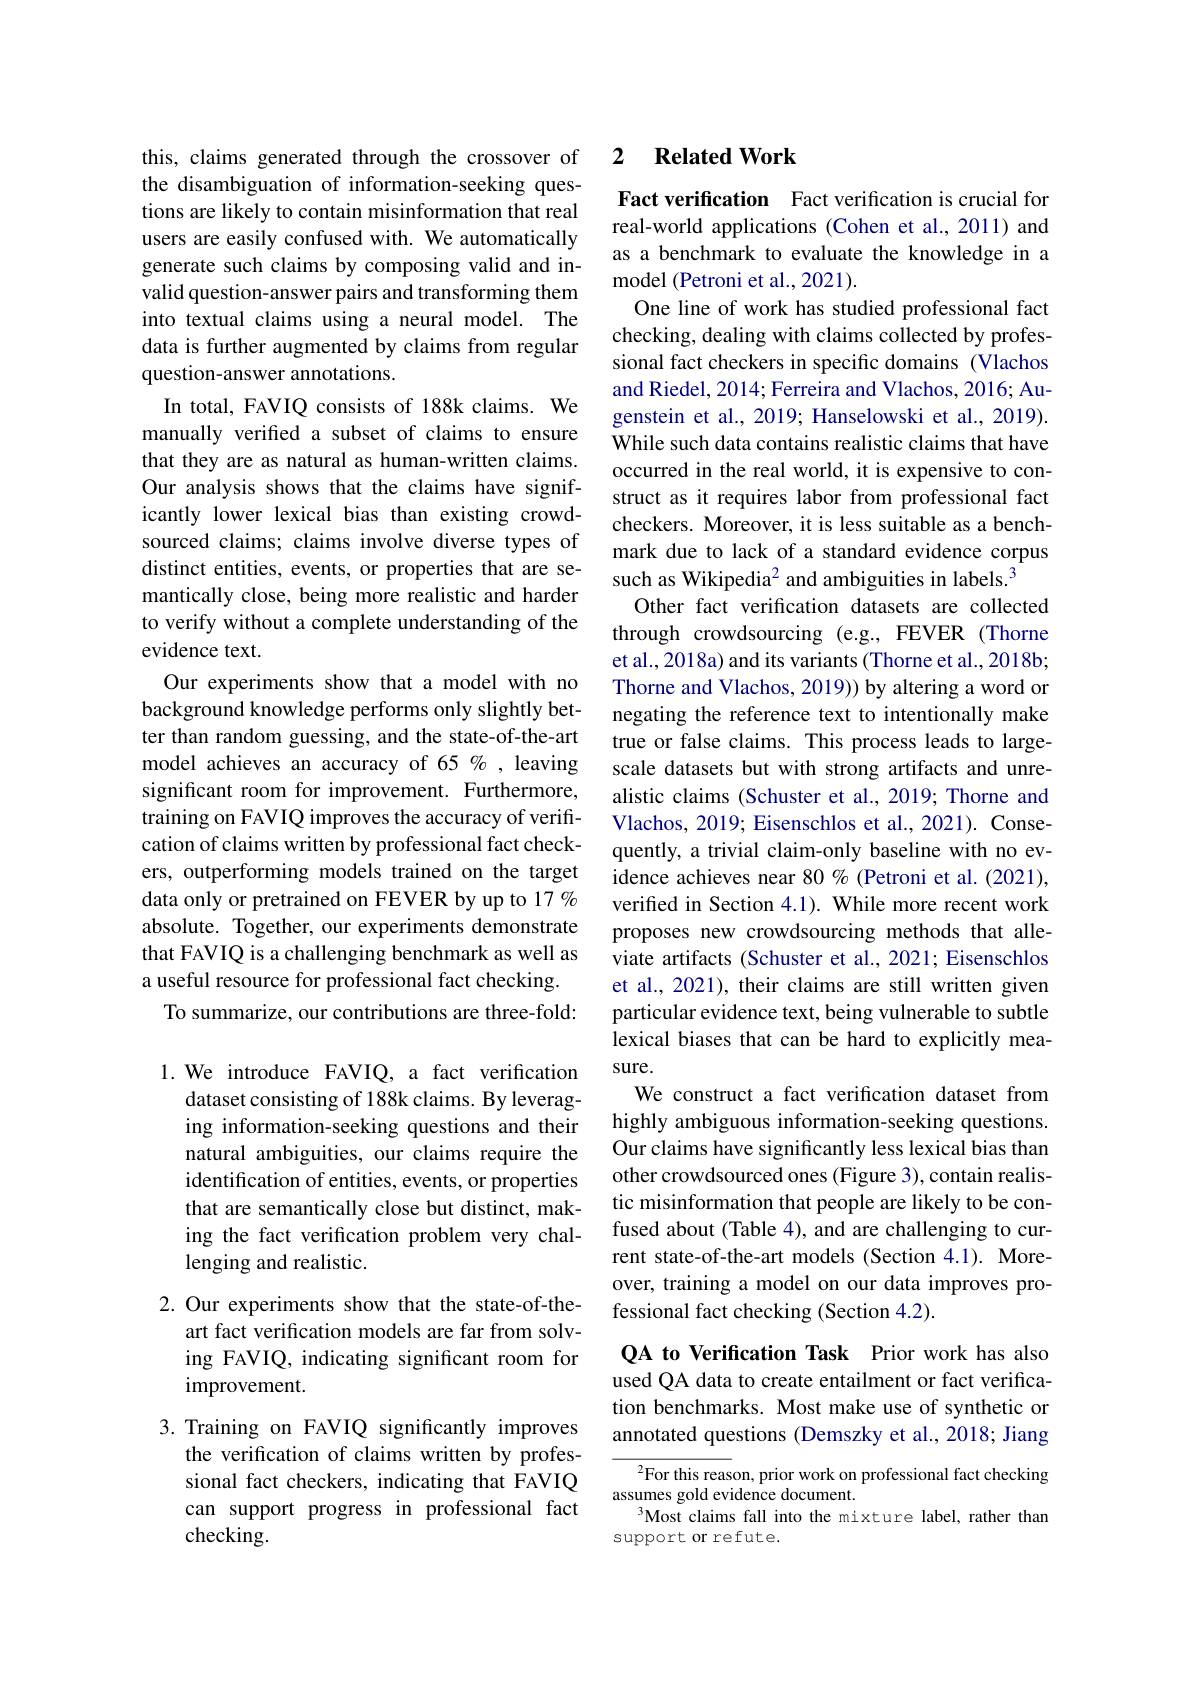
this, claims generated through the crossover of the disambiguation of information-seeking questions are likely to contain misinformation that real users are easily confused with. We automatically generate such claims by composing valid and invalid question-answer pairs and transforming them into textual claims using a neural model. The data is further augmented by claims from regular question-answer annotations.
In total, FAVIQ consists of 188k claims. We manually verifed a subset of claims to ensure that they are as natural as human-written claims. Our analysis shows that the claims have significantly lower lexical bias than existing crowdsourced claims; claims involve diverse types of distinct entities, events, or properties that are semantically close, being more realistic and harder to verify without a complete understanding of the evidence text.
Our experiments show that a model with no background knowledge performs only slightly better than random guessing, and the state-of-the-art model achieves an accuracy of 65 %, leaving significant room for improvement. Furthermore, training on FAVIQ improves the accuracy of verification of claims written by professional fact checkers, outperforming models trained on the target data only or pretrained on FEVER by up to 17 % absolute. Together, our experiments demonstrate that FAVIQ is a challenging benchmark as well as a useful resource for professional fact checking.
To summarize, our contributions are three-fold: 1.We introduce FAVIQ, a fact verification

dataset consisting of 188k claims. By leveraging information-seeking questions and their natural ambiguities, our claims require the identification of entities, events, or properties that are semantically close but distinct, making the fact verification problem very challenging and realistic.

2. Our experiments show that the state-of-the-
art fact verification models are far from solving FAVIQ, indicating significant room for### improvement.

3. Training on FAVIQ significantly improves
the verification of claims written by professional fact checkers, indicating that FAVIQ can support progress in professional fact checking.

## 2 $\textbf{Related Work}$

Fact verification Fact verification is crucial for real-world applications (Cohen et al.,2011) and as a benchmark to evaluate the knowledge in a model (Petroni et al., 2021).
One line of work has studied professional fact checking, dealing with claims collected by professional fact checkers in specific domains (Vlachos and Riedel, 2014; Ferreira and Vlachos, 2016; Augenstein et al., 2019; Hanselowski et al., 2019). While such data contains realistic claims that have occurred in the real world, it is expensive to construct as it requires labor from professional fact checkers. Moreover, it is less suitable as a benchmark due to lack of a standard evidence corpus such as Wikipedia$^{2}$ and ambiguities in labels.$^{3}$
Other fact verification datasets are collected through crowdsourcing (e.g., FEVER (Thorne et al., 2018a) and its variants (Thorne et al., 2018b; Thorne and Vlachos, 2019)) by altering a word or negating the reference text to intentionally make true or false claims. This process leads to largescale datasets but with strong artifacts and unrealistic claims (Schuster et al., 2019; Thorne and Vlachos, 2019; Eisenschlos et al., 2021). Consequently, a trivial claim-only baseline with no evidence achieves near 80 % (Petroni et al. (2021), verified in Section 4.1). While more recent work proposes new crowdsourcing methods that alleviate artifacts (Schuster et al., 2021; Eisenschlos et al., 2021), their claims are still written given particular evidence text, being vulnerable to subtle lexical biases that can be hard to explicitly measure.
We construct a fact verification dataset from highly ambiguous information-seeking questions. Our claims have significantly less lexical bias than other crowdsourced ones (Figure 3), contain realistic misinformation that people are likely to be confused about (Table 4), and are challenging to current state-of-the-art models (Section 4.1). Moreover, training a model on our data improves professional fact checking (Section 4.2).
QA to Verification Task Prior work has also

used QA data to create entailment or fact verification benchmarks. Most make use of synthetic or annotated questions (Demszky et al., 2018; Jiang

${^{2}\text{For this reas}}$on, prior work on professional fact checking
assumes gold evidence document.
$^{3}$Most claims fall into the mixture label, rather than
support or refute.